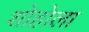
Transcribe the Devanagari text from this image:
शोहोला